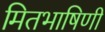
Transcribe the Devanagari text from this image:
मितभाषिणी